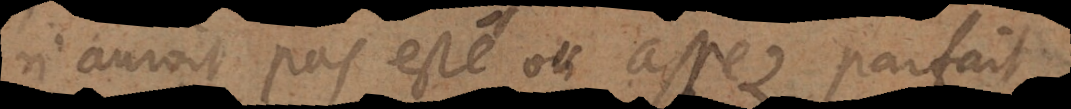
n’auroit pas esté ou assez parfait